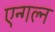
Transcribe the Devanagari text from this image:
एन्गल्न